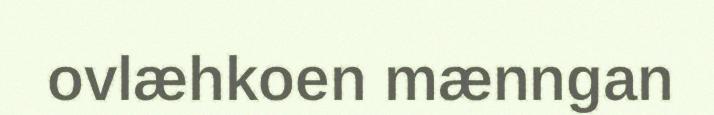
ovlæhkoen mænngan